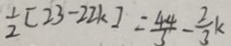
\frac { 1 } { 2 } [ 2 3 - 2 k ] = \frac { 4 4 } { 3 } - \frac { 2 } { 3 } k